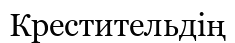
Крестительдің